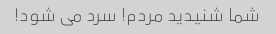
شما شنیدید مردم! سرد می شود!